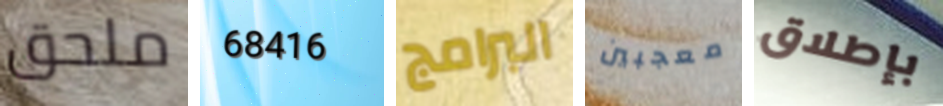
ملحق 68416 البرامج معجبين بإطلاق